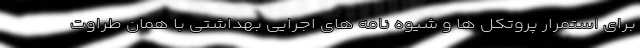
برای استمرار پروتکل ها و شیوه نامه های اجرایی بهداشتی با همان طراوت